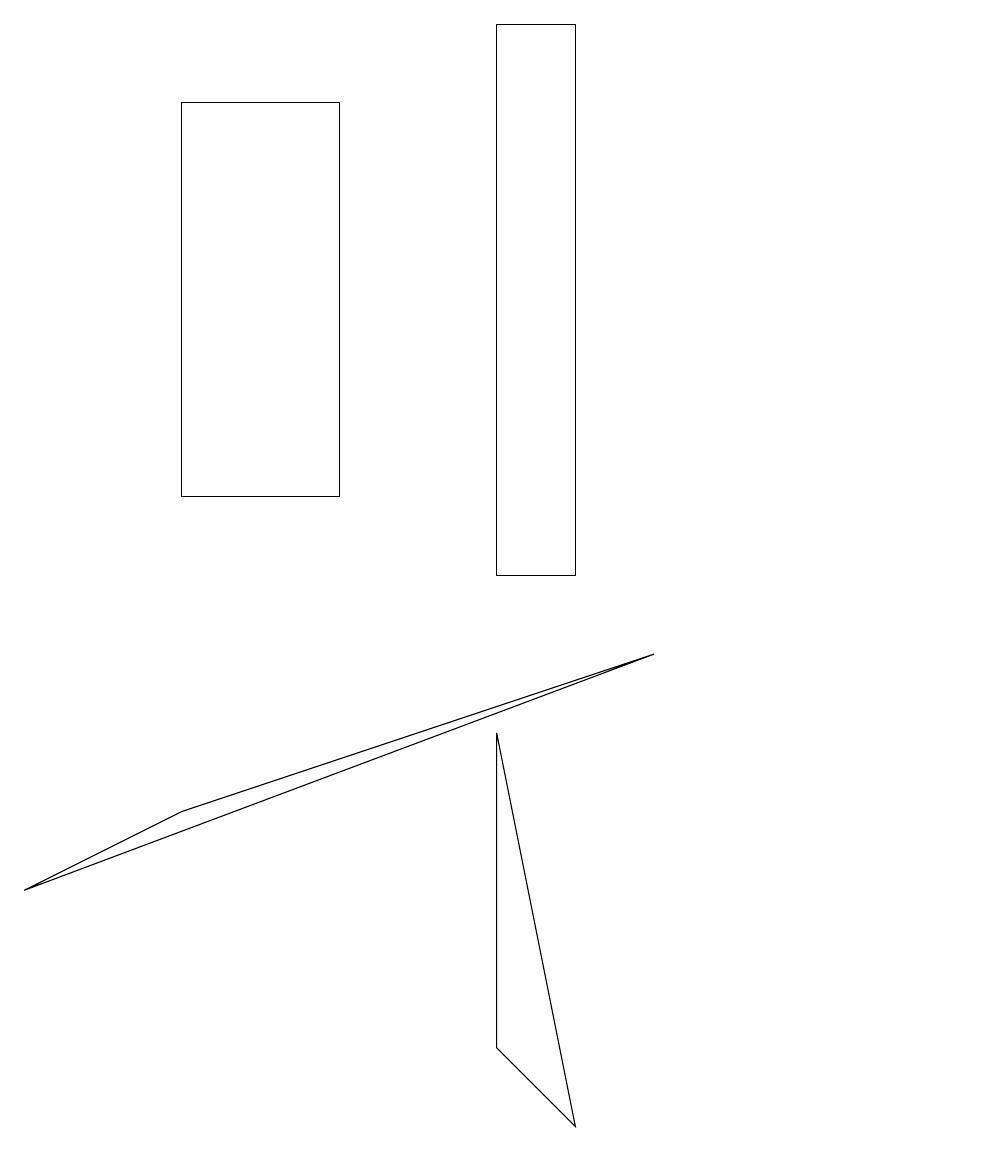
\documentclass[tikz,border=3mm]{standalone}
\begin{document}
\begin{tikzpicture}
\draw (6,4) -- (7,3) -- (6,8) -- cycle;
\draw (8,9) -- (2,7) -- (0,6) -- cycle;
\draw (2,11) rectangle (4,16);
\draw (12,12) circle (0);
\draw (6,10) rectangle (7,17);
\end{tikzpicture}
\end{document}